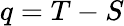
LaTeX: q=T-S